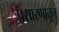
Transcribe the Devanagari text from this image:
प्रसारणातून